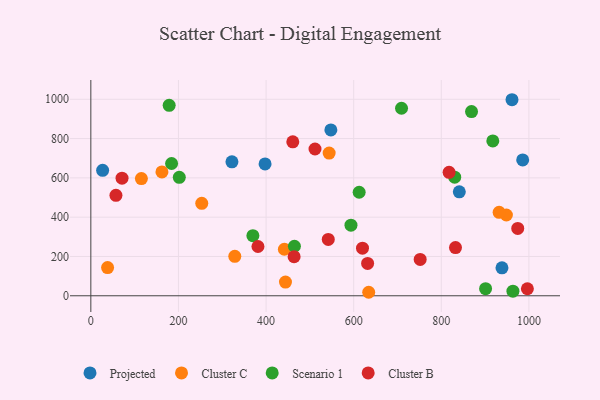
{"axis": {"x": "Price", "y": "Exam Score"}, "legend": ["Cluster B", "Cluster C", "Projected", "Scenario 1"], "data": [{"x": "938.5", "y": 142.3, "type": "Projected"}, {"x": "26.9", "y": 638.1, "type": "Projected"}, {"x": "322.1", "y": 681.4, "type": "Projected"}, {"x": "547.9", "y": 844.1, "type": "Projected"}, {"x": "961.4", "y": 997.6, "type": "Projected"}, {"x": "841.1", "y": 528.7, "type": "Projected"}, {"x": "985.8", "y": 691.3, "type": "Projected"}, {"x": "397.7", "y": 671.1, "type": "Projected"}, {"x": "162.3", "y": 630.1, "type": "Cluster C"}, {"x": "634.3", "y": 17.8, "type": "Cluster C"}, {"x": "544.0", "y": 726.0, "type": "Cluster C"}, {"x": "328.6", "y": 200.9, "type": "Cluster C"}, {"x": "948.6", "y": 410.9, "type": "Cluster C"}, {"x": "932.0", "y": 424.8, "type": "Cluster C"}, {"x": "38.2", "y": 143.3, "type": "Cluster C"}, {"x": "444.3", "y": 69.5, "type": "Cluster C"}, {"x": "253.2", "y": 470.2, "type": "Cluster C"}, {"x": "441.8", "y": 236.7, "type": "Cluster C"}, {"x": "115.4", "y": 596.5, "type": "Cluster C"}, {"x": "963.5", "y": 23.5, "type": "Scenario 1"}, {"x": "830.6", "y": 603.6, "type": "Scenario 1"}, {"x": "464.7", "y": 252.1, "type": "Scenario 1"}, {"x": "178.8", "y": 969.2, "type": "Scenario 1"}, {"x": "593.8", "y": 359.2, "type": "Scenario 1"}, {"x": "901.1", "y": 36.2, "type": "Scenario 1"}, {"x": "869.0", "y": 937.1, "type": "Scenario 1"}, {"x": "201.9", "y": 602.8, "type": "Scenario 1"}, {"x": "612.5", "y": 526.9, "type": "Scenario 1"}, {"x": "184.3", "y": 673.2, "type": "Scenario 1"}, {"x": "369.9", "y": 305.9, "type": "Scenario 1"}, {"x": "917.6", "y": 788.2, "type": "Scenario 1"}, {"x": "709.2", "y": 954.2, "type": "Scenario 1"}, {"x": "620.1", "y": 242.0, "type": "Cluster B"}, {"x": "57.3", "y": 511.3, "type": "Cluster B"}, {"x": "461.0", "y": 783.6, "type": "Cluster B"}, {"x": "817.8", "y": 628.1, "type": "Cluster B"}, {"x": "381.5", "y": 250.8, "type": "Cluster B"}, {"x": "832.4", "y": 245.1, "type": "Cluster B"}, {"x": "974.5", "y": 342.6, "type": "Cluster B"}, {"x": "751.8", "y": 184.8, "type": "Cluster B"}, {"x": "464.0", "y": 198.9, "type": "Cluster B"}, {"x": "996.5", "y": 35.7, "type": "Cluster B"}, {"x": "542.0", "y": 286.8, "type": "Cluster B"}, {"x": "71.2", "y": 598.3, "type": "Cluster B"}, {"x": "511.7", "y": 746.8, "type": "Cluster B"}, {"x": "631.8", "y": 164.4, "type": "Cluster B"}]}